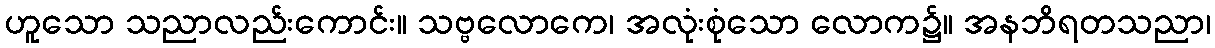
ဟူသော သညာလည်းကောင်း။ သဗ္ဗလောကေ၊ အလုံးစုံသော လောက၌။ အနဘိရတသညာ၊